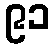
၉၁